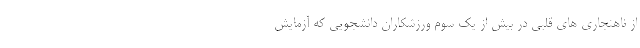
از ناهنجاری های قلبی در بیش از یک سوم ورزشکاران دانشجویی که آزمایش